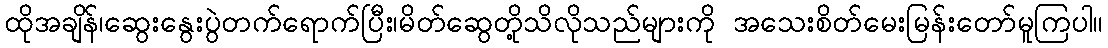
ထိုအချိန်၊ဆွေးနွေးပွဲတက်ရောက်ပြီး၊မိတ်ဆွေတို့သိလိုသည်များကို အသေးစိတ်မေးမြန်းတော်မူကြပါ။